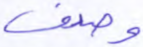
وصدف